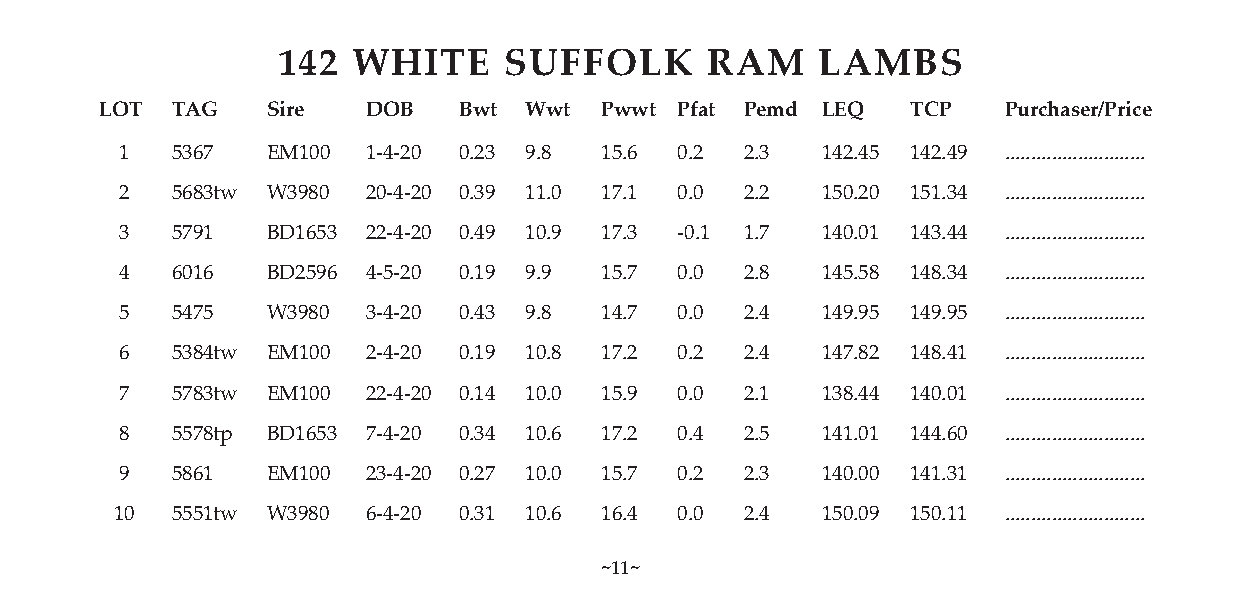
142  WHITE     SUFFOLK       RAM    LAMBS
 LOT TAG    Sire  DOB   Bwt  Wwt  Pwwt Pfat Pemd LEQ  TCP   Purchaser/Price
 1  5367   EM100 1-4-20 0.23 9.8 15.6 0.2 2.3  142.45 142.49 ...........................
 2  5683tw W3980 20-4-20 0.39 11.0 17.1 0.0 2.2 150.20 151.34 ...........................
 3  5791   BD1653 22-4-20 0.49 10.9 17.3 -0.1 1.7 140.01 143.44 ...........................
 4  6016   BD2596 4-5-20 0.19 9.9 15.7 0.0 2.8 145.58 148.34 ...........................
 5  5475   W3980 3-4-20 0.43 9.8 14.7 0.0 2.4  149.95 149.95 ...........................
 6  5384tw EM100 2-4-20 0.19 10.8 17.2 0.2 2.4 147.82 148.41 ...........................
 7  5783tw EM100 22-4-20 0.14 10.0 15.9 0.0 2.1 138.44 140.01 ...........................
 8  5578tp BD1653 7-4-20 0.34 10.6 17.2 0.4 2.5 141.01 144.60 ...........................
 9  5861   EM100 23-4-20 0.27 10.0 15.7 0.2 2.3 140.00 141.31 ...........................
 10 5551tw W3980 6-4-20 0.31 10.6 16.4 0.0 2.4 150.09 150.11 ...........................
 ~11~